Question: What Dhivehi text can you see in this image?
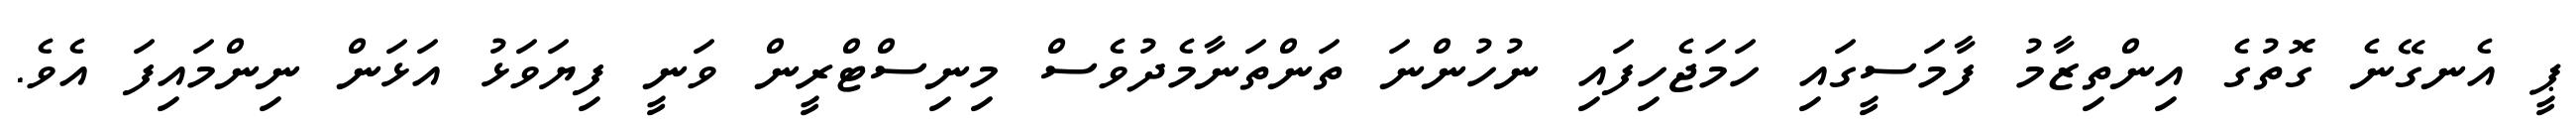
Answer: ޕީ އެނގޭނެ ގޮތުގެ އިންތިޒާމު ފާމަސީގައި ހަމަޖެހިފައި ނުހުންނަ ތަންތަނާމެދުވެސް މިނިސްޓްރީން ވަނީ ފިޔަވަޅު އަޅަން ނިންމައިފަ އެވެ.